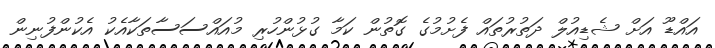
އައްޑޫ އަށް ޝެޑިއުލް ދަތުރުތައް ފެށުމުގެ ގޮތުން ކަމާ ގުޅުންހުރި މުއައްސަސާތަކާއެކު އެކުންފުނިން